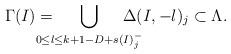
LaTeX: \begin{align*}\Gamma(I)=\!\!\!\!\!\!\!\!\bigcup_{0\leq l \leq k+1-D+s(I)^-_j} \!\!\!\!\!\!\!\!\Delta(I,-l)_j \subset \Lambda.\end{align*}